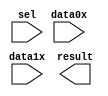
module lpm_mux08474 (
	data0x,
	data1x,
	sel,
	result);

	input	[23:0]  data0x;
	input	[23:0]  data1x;
	input	  sel;
	output	[23:0]  result;

endmodule